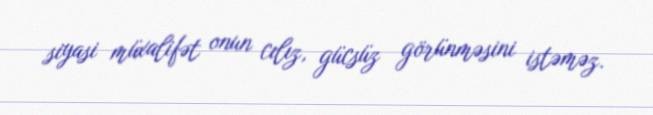
siyasi müxalifət onun cılız, gücsüz görünməsini istəməz.